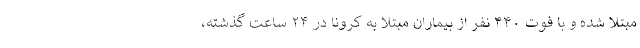
مبتلا شده و با فوت ۴۴۰ نفر از بیماران مبتلا به کرونا در ۲۴ ساعت گذشته،